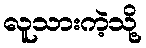
လူသားကဲ့သို့